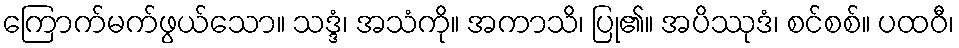
ကြောက်မက်ဖွယ်သော။ သဒ္ဒံ၊ အသံကို။ အကာသိ၊ ပြု၏။ အပိဿုဒံ၊ စင်စစ်။ ပထဝီ၊